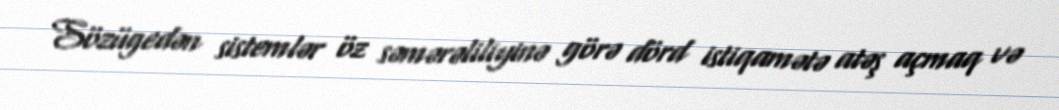
Sözügedən sistemlər öz səmərəliliyinə görə dörd istiqamətə atəş açmaq və